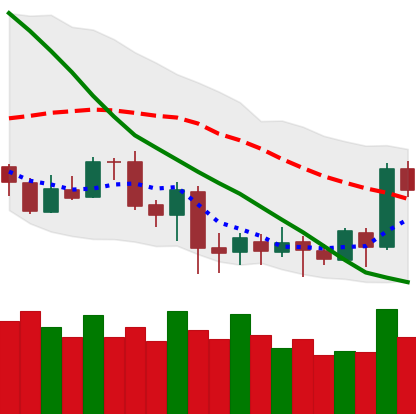
Ticker: LTC-USD
Chart end date: 2020-07-07
Forward return: 3.042%
Label: up_3_5